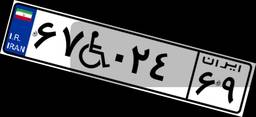
۶۷W۰۲۴۶۹